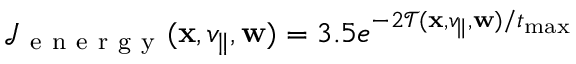
\mathcal { J } _ { \mathrm { ~ e ~ n ~ e ~ r ~ g ~ y ~ } } ( \mathbf { x } , v _ { \parallel } , \mathbf { w } ) = 3 . 5 e ^ { - 2 \mathcal { T } ( \mathbf { x } , v _ { \parallel } , \mathbf { w } ) / t _ { \operatorname* { m a x } } }